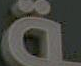
ـة